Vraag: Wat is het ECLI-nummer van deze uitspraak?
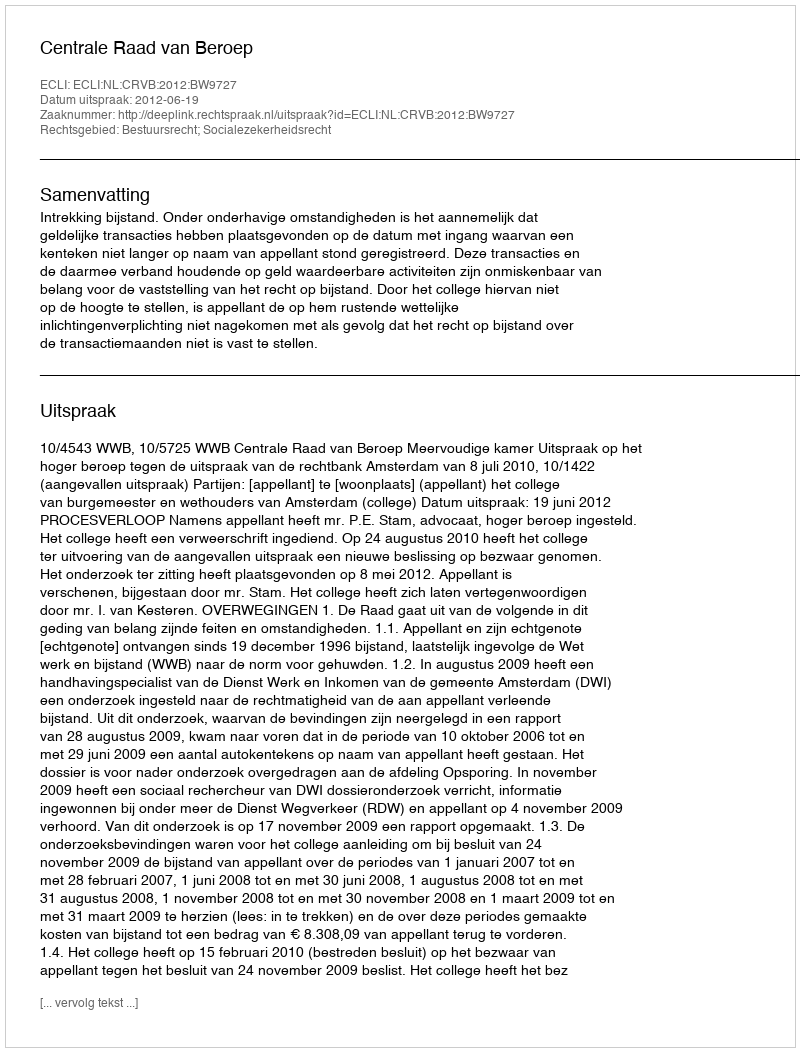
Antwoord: ECLI:NL:CRVB:2012:BW9727